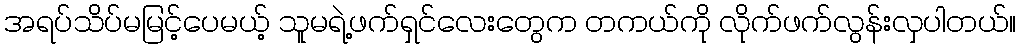
အရပ်သိပ်မမြင့်ပေမယ့် သူမရဲ့ဖက်ရှင်လေးတွေက တကယ်ကို လိုက်ဖက်လွန်းလှပါတယ်။